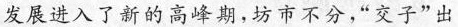
发展进入了新的高峰期，坊市不分，”交子”出